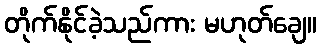
တိုက်နိုင်ခဲ့သည်ကား မဟုတ်ချေ။